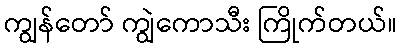
ကျွန်တော် ကျွဲကောသီး ကြိုက်တယ်။